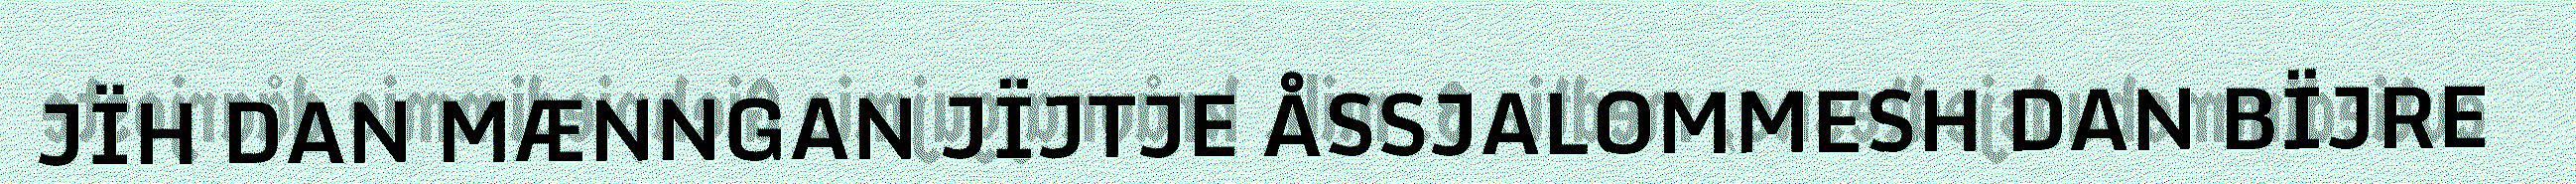
JÏH DAN MÆNNGAN JÏJTJE ÅSSJALOMMESH DAN BÏJRE